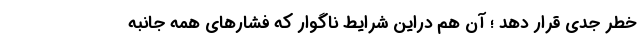
خطر جدی قرار دهد ؛ آن هم دراین شرایط ناگوار که فشارهای همه جانبه